Vaccination North-Western Provinces and Oudh 1896-1901 - 1896-1901
Year: 1896
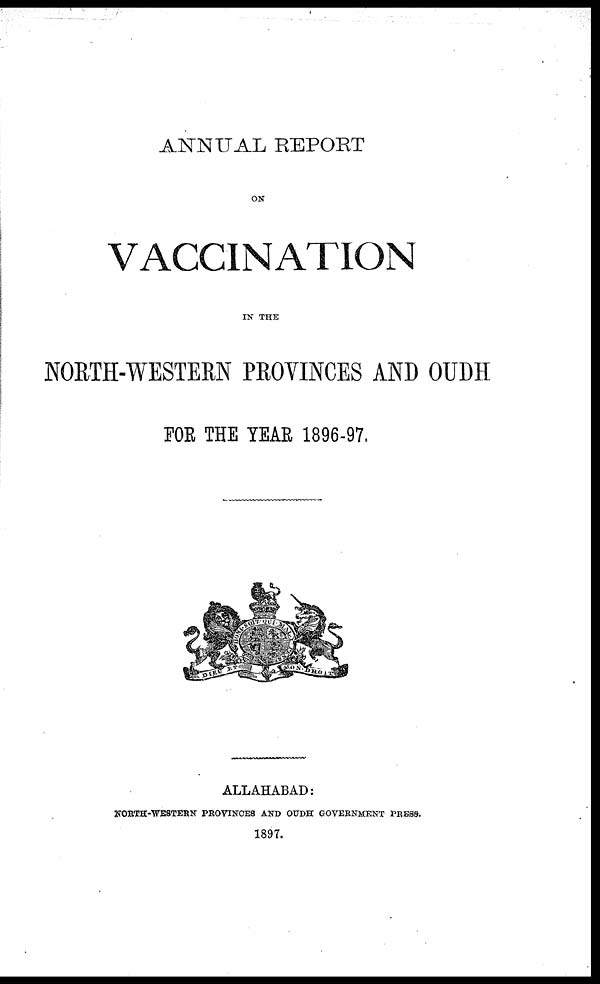
ANNUAL REPORT
ON
VACCINATION
IN THE
NORTH-WESTERN PROVINCES AND OUDH
FOR THE YEAR 1896-97.
ALLAHABAD:
NORTH-WESTERN PROVINCES AND OUDH GOVERNMENT PRESS.
1897.